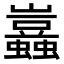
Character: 𧔮